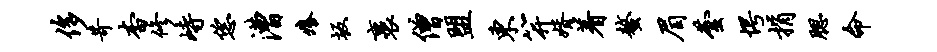
侈苛杳修峙恁漕痒坂裹僧盟东笄婿着螯眉芸愕捐腮命